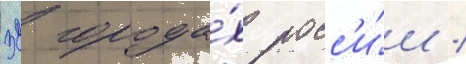
32 города́х росс'и́и /